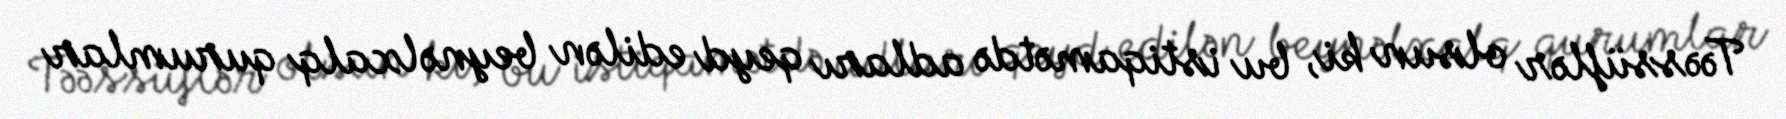
Təəssüflər olsun ki, bu istiqamətdə adları qeyd edilən beynəlxalq qurumlar